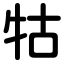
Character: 牯